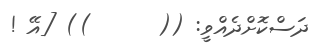
ދަސްކޮށްދެއްވީ: ((      )) [އޭ !